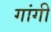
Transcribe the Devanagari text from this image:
गांगी